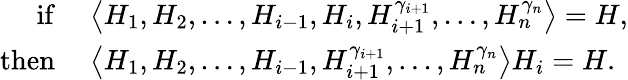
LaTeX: \begin{array}{rl}{\mathrm{if~}}&{\left\langle H_{1},H_{2},\ldots,H_{i-1},H_{i},H_{i+1}^{\gamma_{i+1}},\ldots,H_{n}^{\gamma_{n}}\right\rangle=H,}\\ {\mathrm{then~}}&{\left\langle H_{1},H_{2},\ldots,H_{i-1},H_{i+1}^{\gamma_{i+1}},\ldots,H_{n}^{\gamma_{n}}\right\rangle H_{i}=H.}\end{array}